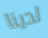
لدينا